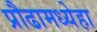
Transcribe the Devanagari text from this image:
प्रौढामध्येहा